Report of the Indian Hemp Drugs Commission, 1894-1895 - Volume IV
Year: 1894
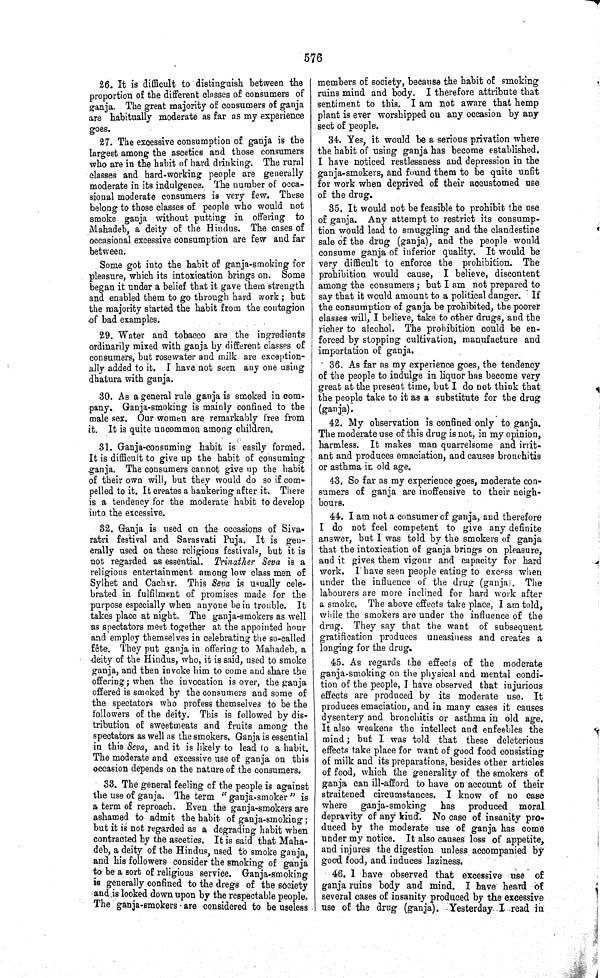
576
26. It is difficult to distinguish between the
proportion of the different classes of consumers of
ganja. The great majority of consumers of ganja
are habitually moderate as far as my experience
goes.
27. The excessive consumption of ganja is the
largest among the ascetics and those consumers
who are in the habit of hard drinking. The rural
classes and hard-working people are generally
moderate in its indulgence. The number of occa-
sional moderate consumers is very few. These
belong to those classes of people who would not
smoke ganja without putting in offering to
Mahadeb, a deity of the Hindus. The cases of
occasional excessive consumption are few and far
between.
Some got into the habit of ganja-smoking for
pleasure, which its intoxication brings on. Some
began it under a belief that it gave them strength
and enabled them to go through hard work; but
the majority started the habit from the contagion
of bad examples.
29. Water and tobacco are the ingredients
ordinarily mixed with ganja by different classes of
consumers, but rosewater and milk are exception-
ally added to it. I have not seen any one using
dhatura with ganja.
30. As a general rule ganja is smoked in com-
pany. Ganja-smoking is mainly confined to the
male sex. Our women are remarkably free from
it. It is quite uncommon among children.
31. Ganja-consuming habit is easily formed.
It is difficult to give up the habit of consuming
ganja. The consumers cannot give up the habit
of their own will, but they would do so if com-
pelled to it. It creates a hankering after it. There
is a tendency for the moderate habit to develop
into the excessive.
32. Ganja is used on the occasions of Siva-
ratri festival and Sarasvati Puja. It is gen-
erally used on these religious festivals, but it is
not regarded as essential. Trinather Seva is a
religious entertainment among low class men of
Sylhet and Cachar. This Seva is usually cele-
brated in fulfilment of promises made for the
purpose especially when anyone be in trouble. It
takes place at night. The ganja-smokers as well
as spectators meet together at the appointed hour
and employ themselves in celebrating the so-called
fête. They put ganja in offering to Mahadeb, a
deity of the Hindus, who, it is said, used to smoke
ganja, and then invoke him to come and share the
offering; when the invocation is over, the ganja
offered is smoked by the consumers and some of
the spectators who profess themselves to be the
followers of the deity. This is followed by dis-
tribution of sweetmeats and fruits among the
spectators as well as the smokers. Ganja is essential
in this Seva, and it is likely to lead to a habit.
The moderate and excessive use of ganja on this
occasion depends on the nature of the consumers.
33. The general feeling of the people is against
the use of ganja. The term "ganja-smoker" is
a term of reproach. Even the ganja-smokers are
ashamed to admit the habit of ganja-smoking;
but it is not regarded as a degrading habit when
contracted by the ascetics. It is said that Maha-
deb, a deity of the Hindus, used to smoke ganja,
and his followers consider the smoking of ganja
to be a sort of religious service. Ganja-smoking
is generally confined to the dregs of the society
and is looked down upon by the respectable people.
The ganja-smokers are considered to be useless
members of society, because the habit of smoking
ruins mind and body. I therefore attribute that
sentiment to this. I am not aware that hemp
plant is ever worshipped on any occasion by any
sect of people.
34. Yes, it would be a serious privation where
the habit of using ganja has become established.
I have noticed restlessness and depression in the
ganja-smokers, and found them to be quite unfit
for work when deprived of their accustomed use
of the drug.
35. It would not be feasible to prohibit the use
of ganja. Any attempt to restrict its consump-
tion would lead to smuggling and the clandestine
sale of the drug (ganja), and the people would
consume ganja of inferior quality. It would be
very difficult to enforce the prohibition. The
prohibition would cause, I believe, discontent
among the consumers; but I am not prepared to
say that it would amount to a political danger. If
the consumption of ganja be prohibited, the poorer
classes will, I believe, take to other drugs, and the
richer to alcohol. The prohibition could be en-
forced by stopping cultivation, manufacture and
importation of ganja.
36. As far as my experience goes, the tendency
of the people to indulge in liquor has become very
great at the present time, but I do not think that
the people take to it as a substitute for the drug
(ganja).
42. My observation is confined only to ganja.
The moderate use of this drug is not, in my opinion,
harmless. It makes man quarrelsome and irrit-
ant and produces emaciation, and causes bronchitis
or asthma in old age.
43. So far as my experience goes, moderate con-
sumers of ganja are inoffensive to their neigh-
bours.
44. I am not a consumer of ganja, and therefore
I do not feel competent to give any definite
answer, but I was told by the smokers of ganja
that the intoxication of ganja brings on pleasure,
and it gives them vigour and capacity for hard
work. I have seen people eating to excess when
under the influence of the drug (ganja). The
labourers are more inclined for hard work after
a smoke. The above effects take place, I am told,
while the smokers are under the influence of the
drug. They say that the want of subsequent
gratification produces uneasiness and creates a
longing for the drug.
45. As regards the effects of the moderate
ganja-smoking on the physical and mental condi-
tion of the people, I have observed that injurious
effects are produced by its moderate use. It
produces emaciation, and in many cases it causes
dysentery and bronchitis or asthma in old age.
It also weakens the intellect and enfeebles the
mind; but I was told that these deleterious
effects take place for want of good food consisting
of milk and its preparations, besides other articles
of food, which the generality of the smokers of
ganja can ill-afford to have on account of their
straitened circumstances. I know of no case
where ganja-smoking
has produced moral
depravity of any kind. No case of insanity pro-
duced by the moderate use of ganja has come
under my notice. It also causes loss of appetite,
and injures the digestion unless accompanied by
good food, and induces laziness.
46. I have observed that excessive use of
ganja ruins body and mind. I have heard of
several cases of insanity produced by the excessive
use of the drug (ganja). Yesterday I read in